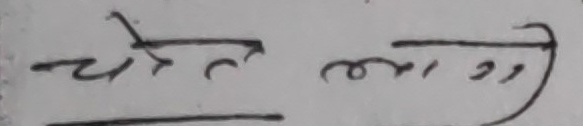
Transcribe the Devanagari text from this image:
चेतना मा ११)